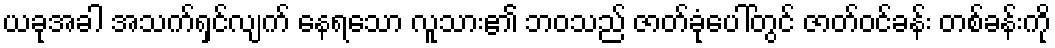
ယခုအခါ အသက်ရှင်လျက် နေရသော လူသား၏ ဘဝသည် ဇာတ်ခုံပေါ်တွင် ဇာတ်ဝင်ခန်း တစ်ခန်းကို